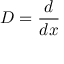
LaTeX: D = { \frac { d } { d x } }